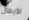
الأبطال